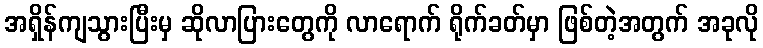
အရှိန်ကျသွားပြီးမှ ဆိုလာပြားတွေကို လာရောက် ရိုက်ခတ်မှာ ဖြစ်တဲ့အတွက် အခုလို